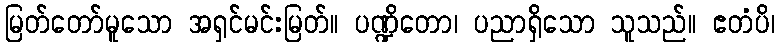
မြတ်တော်မူသော အရှင်မင်းမြတ်။ ပဏ္ဍိတော၊ ပညာရှိသော သူသည်။ ဧတံပိ၊